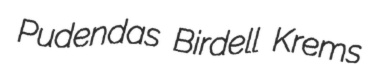
Pudendas Birdell Krems